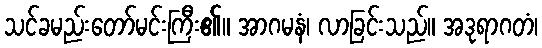
သင်ခမည်းတော်မင်းကြီး၏။ အာဂမနံ၊ လာခြင်းသည်။ အဒုရာဂတံ၊